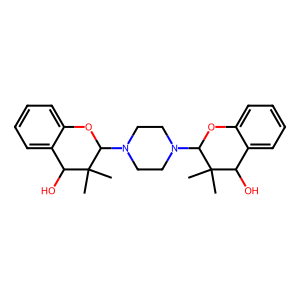
SMILES: CC1(C)C(O)c2ccccc2OC1N1CCN(C2Oc3ccccc3C(O)C2(C)C)CC1
Inhibits HIV replication: No